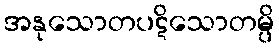
အနုသောတပဋိသောတမ္ပိ